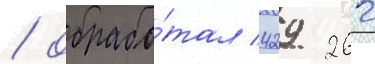
/ обрабо́тал 429 262